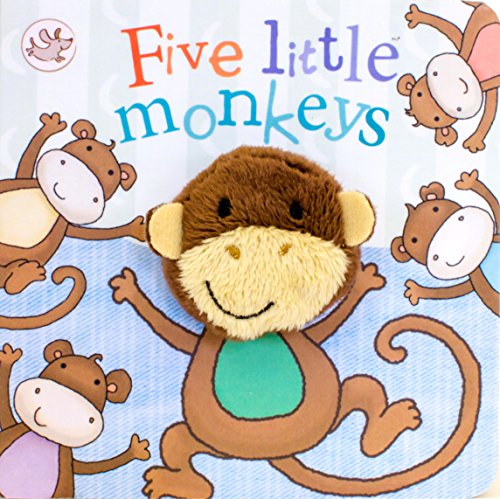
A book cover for Five Little Monkeys Finger Puppet Book (Little Learners); Parragon Books; Children's Books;